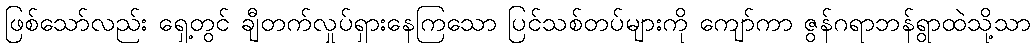
ဖြစ်သော်လည်း ရှေ့တွင် ချီတက်လှုပ်ရှားနေကြသော ပြင်သစ်တပ်များကို ကျော်ကာ ဇွန်ဂရာဘန်ရွာထဲသို့သာ